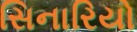
સિનારિયો